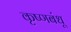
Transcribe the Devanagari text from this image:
कृष्णबंधू